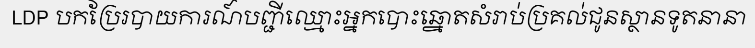
LDP បកប្រែរបាយការណ៍បញ្ជីឈ្មោះអ្នកបោះឆ្នោតសំរាប់ប្រគល់ជូនស្ថានទូតនានា